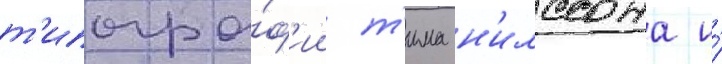
т'ипогра́ф'ии т'има н'илссона и́